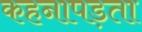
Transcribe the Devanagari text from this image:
कहनापड़ता